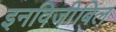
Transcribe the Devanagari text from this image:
इनविजी़बिल